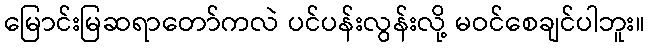
မြောင်းမြဆရာတော်ကလဲ ပင်ပန်းလွန်းလို့ မဝင်စေချင်ပါဘူး။